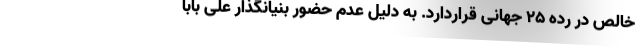
خالص در رده ۲۵ جهانی قراردارد. به دلیل عدم حضور بنیانگذار علی بابا